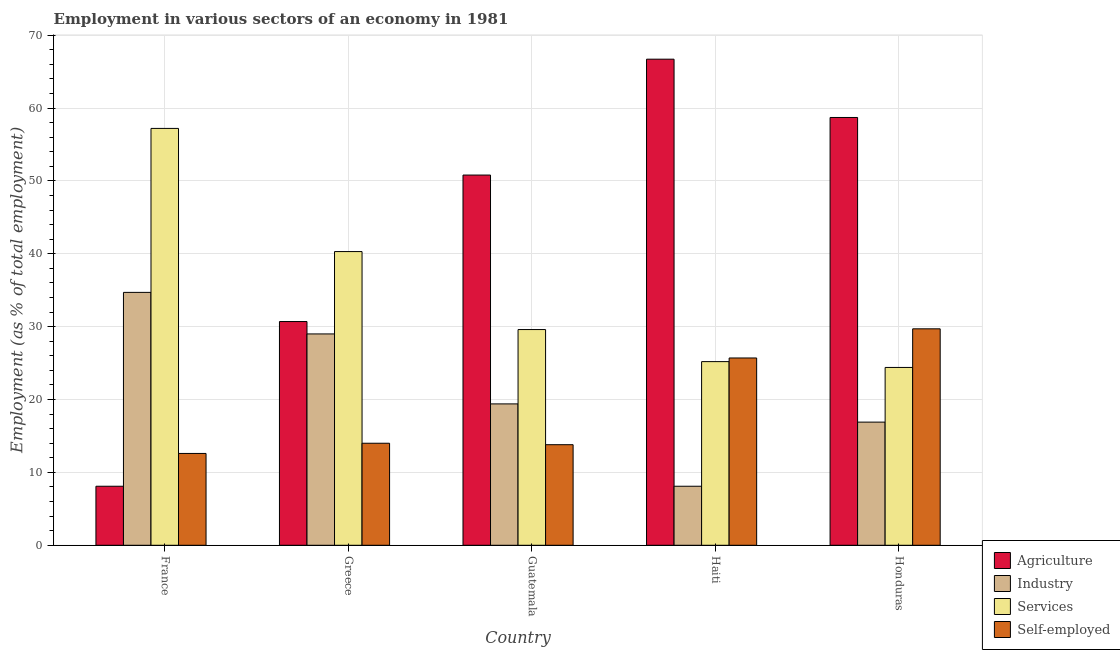
| Country | Agriculture | Industry | Services | Self-employed |
 | --- | --- | --- | --- | --- |
 | France | 8.1 | 34.7 | 57.2 | 12.6 |
 | Greece | 30.7 | 29 | 40.3 | 14 |
 | Guatemala | 50.8 | 19.4 | 29.6 | 13.8 |
 | Haiti | 66.7 | 8.1 | 25.2 | 25.7 |
 | Honduras | 58.7 | 16.9 | 24.4 | 29.7 |